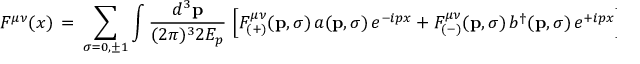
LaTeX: F ^ { \mu \nu } ( x ) \, = \, \sum _ { \sigma = 0 , \pm 1 } \int \frac { d ^ { 3 } { \bf p } } { ( 2 \pi ) ^ { 3 } 2 E _ { p } } \, \left[ F _ { ( + ) } ^ { \mu \nu } ( { \bf p } , \sigma ) \, a ( { \bf p } , \sigma ) \, e ^ { - i p x } + F _ { ( - ) } ^ { \mu \nu } ( { \bf p } , \sigma ) \, b ^ { \dagger } ( { \bf p } , \sigma ) \, e ^ { + i p x } \right]